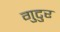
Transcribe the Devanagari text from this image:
गुटुर